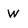
Character: W